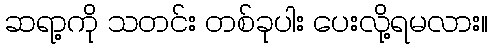
ဆရာ့ကို သတင်း တစ်ခုပါး ပေးလို့ရမလား။